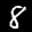
Label: 8